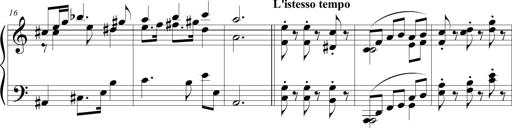
Title: Beatrice Bellaboomboom
Composer: Michel Rondeau
Key: A minor